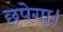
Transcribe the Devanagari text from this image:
छपेगा।